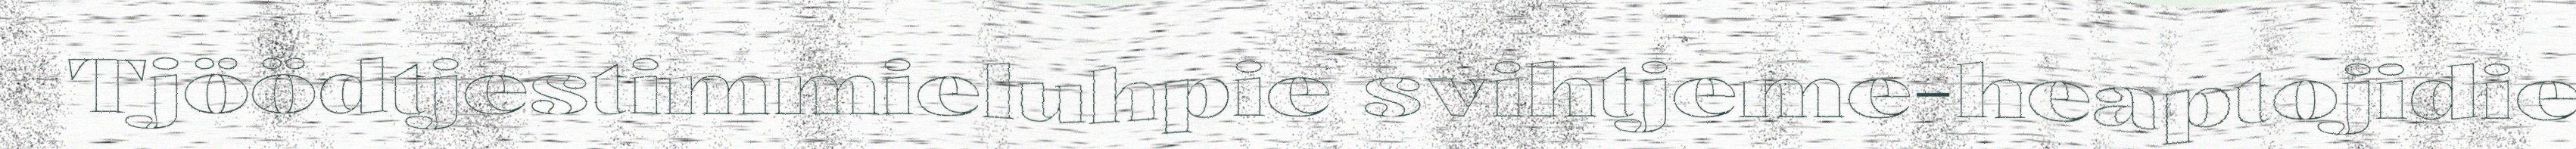
Tjöödtjestimmieluhpie svihtjeme-heaptojidie